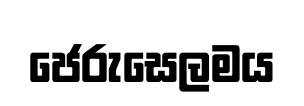
ජෙරුසෙලමය